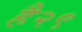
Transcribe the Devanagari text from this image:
है२९